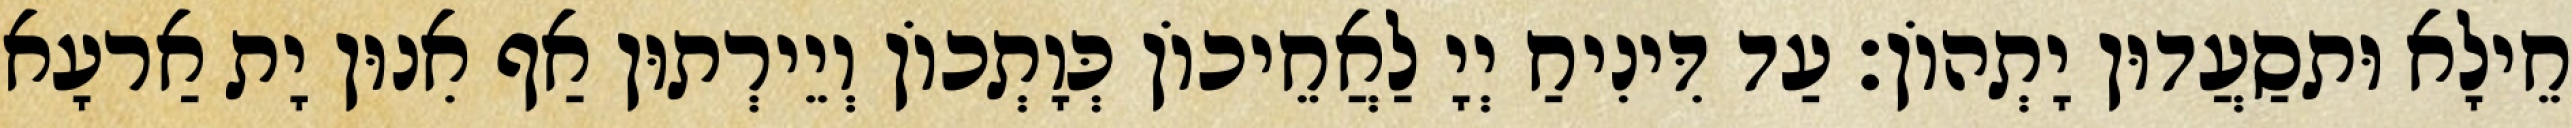
חֵילָא וּתסַעֲדוּן יָתְהוֹן׃ עַד דִּינִיחַ יְיָ לַאֲחֵיכוֹן כְּוָתְכוֹן וְיֵירְתוּן אַף אִנוּן יָת אַרעָא